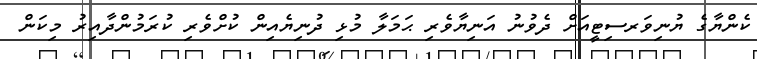
ކެންޔާގެ ޔުނިވަރސިޓީއަށް ދެވުނު އަނިޔާވެރި ޙަމަލާ މުޅި ދުނިޔެއިން ކުށްވެރި ކުރަމުންދާއިރު މިކަން